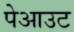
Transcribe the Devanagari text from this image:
पेआउट